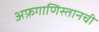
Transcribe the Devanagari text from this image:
अफ़गाणिस्तानची